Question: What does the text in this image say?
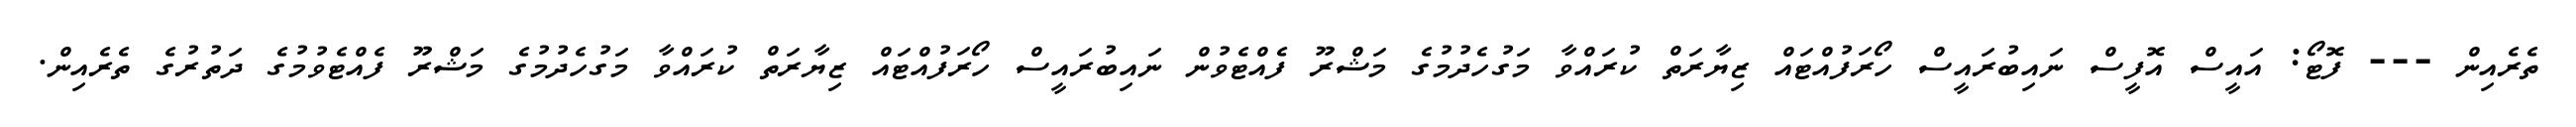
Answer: ތެރެއިން --- ފޮޓޯ: އައީސް އޮފީސް ނައިބުރައީސް ހޯރަފުއްޓައް ޒިޔާރަތް ކުރައްވާ މަގުހެދުމުގެ މަޝްރޫ ފެއްޓެވުން ނައިބުރައީސް ހޯރަފުއްޓައް ޒިޔާރަތް ކުރައްވާ މަގުހެދުމުގެ މަޝްރޫ ފެއްޓެވުމުގެ ދަތުރުގެ ތެރެއިން.